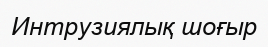
Интрузиялық шоғыр